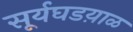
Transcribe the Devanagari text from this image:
सूर्यघडय़ाळ